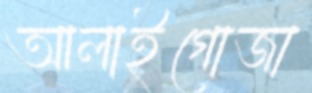
আলাইগোজা